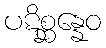
ပဋိစ္ဆန္နေဝ